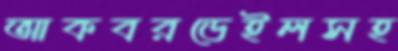
আকবরডেইলসহ